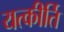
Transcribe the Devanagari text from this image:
यत्कीर्ति